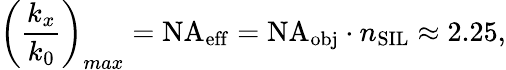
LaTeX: \left(\frac{k_{x}}{k_{0}}\right)_{max}=\mathrm{NA}_{\mathrm{eff}}=\mathrm{NA}_{\mathrm{obj}}\cdot n_{\mathrm{SIL}}\approx 2.25,